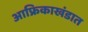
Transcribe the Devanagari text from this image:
आफ्रिकाखंडात